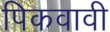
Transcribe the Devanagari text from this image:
पिकवावी